system: You are a helpful assistant.
user:
Analyze the provided spectrum to determine if it is a **S-type Star**.

- **Key Indicators for S-type Star:**

    - **(Overall Spectrum Shape):** The first and most obvious characteristic is the overall continuum (the "baseline" shape). It is **extremely "red-sloping,"** meaning the flux (light intensity) is very low on the left side (blue, ~4000-4500 Å) and rises steeply and continuously toward the right side (red, ~7000 Å+).

    - **(Primary):** The spectrum is defined by the presence of strong, broad molecular absorption "valleys" (bands) from **Zirconium Oxide (ZrO)**. The identification of these bands is the **primary requirement** for classifying a star as S-type.
        - **(Key Bandheads):** You must find distinct, deep "dips" where the light has been absorbed. The most critical band systems to locate are:
            - **~6474 Å** ($\gamma$-system): This is often the strongest and clearest ZrO feature, found in the red part of the spectrum.
            - **~5718 Å** & **~5551 Å** ($\beta$-system): A pair of prominent absorption features in the yellow-orange part of the spectrum.
            - **~4640 Å** ($\alpha$-system): A key absorption band system in the blue-green region of the spectrum.

    - **(Secondary Confirmation):** The classification is strengthened by finding additional absorption bands from other related heavy element oxides, which are expected to be present alongside ZrO.
        - **(Key Bandheads):**
            - **Yttrium Oxide (YO):** Look for absorption dips near **~4800 Å** and **~6100 Å**.
            - **Lanthanum Oxide (LaO):** Additional absorption features, particularly in the red-orange part of the spectrum, are also characteristic.

    - **(Line Profile):** The combination of the steep red continuum and these numerous, deep molecular bands (ZrO, YO, etc.) gives the entire spectrum a very **"chopped-up"** or **"bumpy"** appearance. Instead of a smooth curve, the spectrum looks as though large, wide chunks of light have been "carved out" of it at the specific wavelengths listed above.

Think first, call **spectral_visualization_tool** if needed to examine features in detail, then provide your final answer. Your response must adhere to the following strict rules:
1.  **Overall Structure:** Your response must follow the format `<think>...</think> <tool_call>...</tool_call> (if a tool is used) <answer>...</answer>`.
2.  **Tool Usage Constraint:** You may only make **one** tool call per turn.
3.  **Final Answer Format:** In the `<answer>` tag, your conclusion must be inside a `\boxed{}` command (e.g., `\boxed{YES}` or `\boxed{NO}`), followed by your justification.

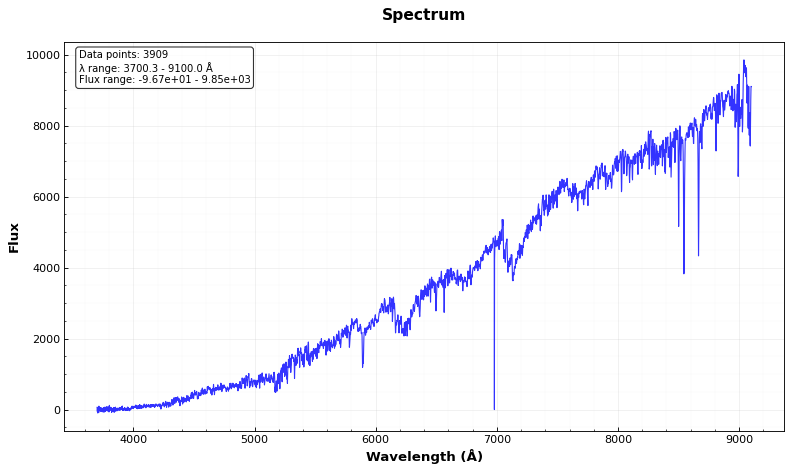
Answer: NO